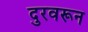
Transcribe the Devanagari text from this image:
दुरवरून